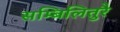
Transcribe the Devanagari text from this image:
सम्बिलितुरै